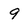
Character: 9